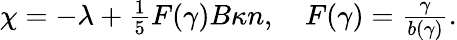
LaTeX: \begin{array}{r}{\chi=-\lambda+\frac{1}{5}F(\gamma)B\kappa n,\quad F(\gamma)=\frac{\gamma}{b(\gamma)}.}\end{array}